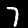
Label: 7